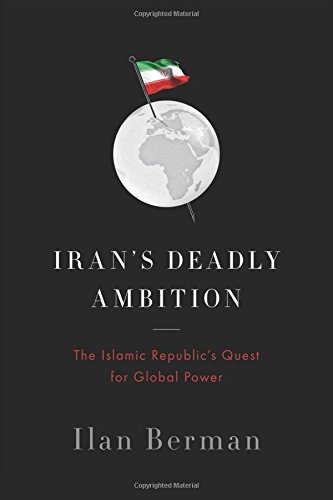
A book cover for IranEEs Deadly Ambition: The Islamic RepublicEEs Quest for Global Power; Ilan Berman; History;